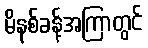
မိနစ်ခန့်အကြာတွင်